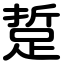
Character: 踅